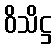
ဝိသိဋ္ဌ